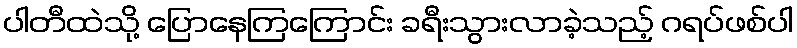
ပါတီထဲသို့ ပြောနေကြကြောင်း ခရီးသွားလာခဲ့သည့် ဂရပ်ဖစ်ပါ